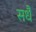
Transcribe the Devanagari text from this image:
सधै